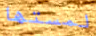
لمستها